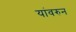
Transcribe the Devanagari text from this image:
यांवरुन